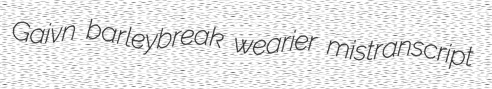
Gaivn barleybreak wearier mistranscript